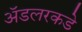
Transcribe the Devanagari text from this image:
ॲडलरकडे